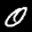
Label: 0